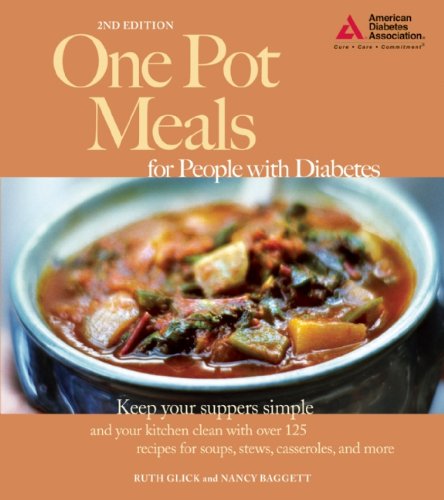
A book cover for One Pot Meals for People with Diabetes; Ruth Glick; Health, Fitness & Dieting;